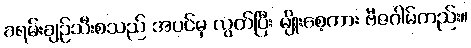
ခရမ်းချဉ်သီးစသည် အပင်မှ လွတ်ပြီး မျိုးစေ့ကား ဗီဇဂါမ်တည်း။